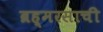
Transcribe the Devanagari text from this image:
ब्रह्मरसाची